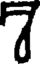
7